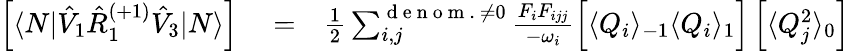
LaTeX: \begin{array}{rlr}{\left[\langle N|\hat{V}_{1}\hat{R}_{1}^{(+1)}\hat{V}_{3}|N\rangle\right]}&{{}=}&{\frac{1}{2}\sum_{i,j}^{\mathrm{~d~e~n~o~m~.~}\neq 0}\frac{F_{i}F_{ijj}}{-\omega_{i}}\Big[\langle Q_{i}\rangle_{-1}\langle Q_{i}\rangle_{1}\Big]\left[\langle Q_{j}^{2}\rangle_{0}\right]}\end{array}